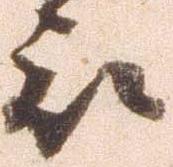
被